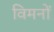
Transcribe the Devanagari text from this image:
विमनों